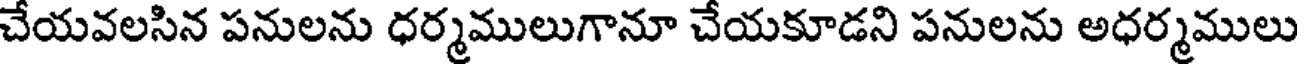
చేయవలసిన పనులను ధర్మములుగానూ చేయకూడని పనులను అధర్మములు